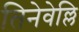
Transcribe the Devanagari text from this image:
तिनेवेल्लि